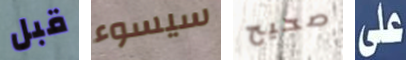
قبل سيسوء صحيح على